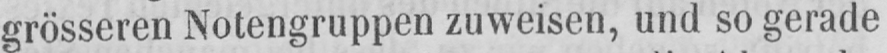
grösseren Notengruppen zuweisen, und so gerade